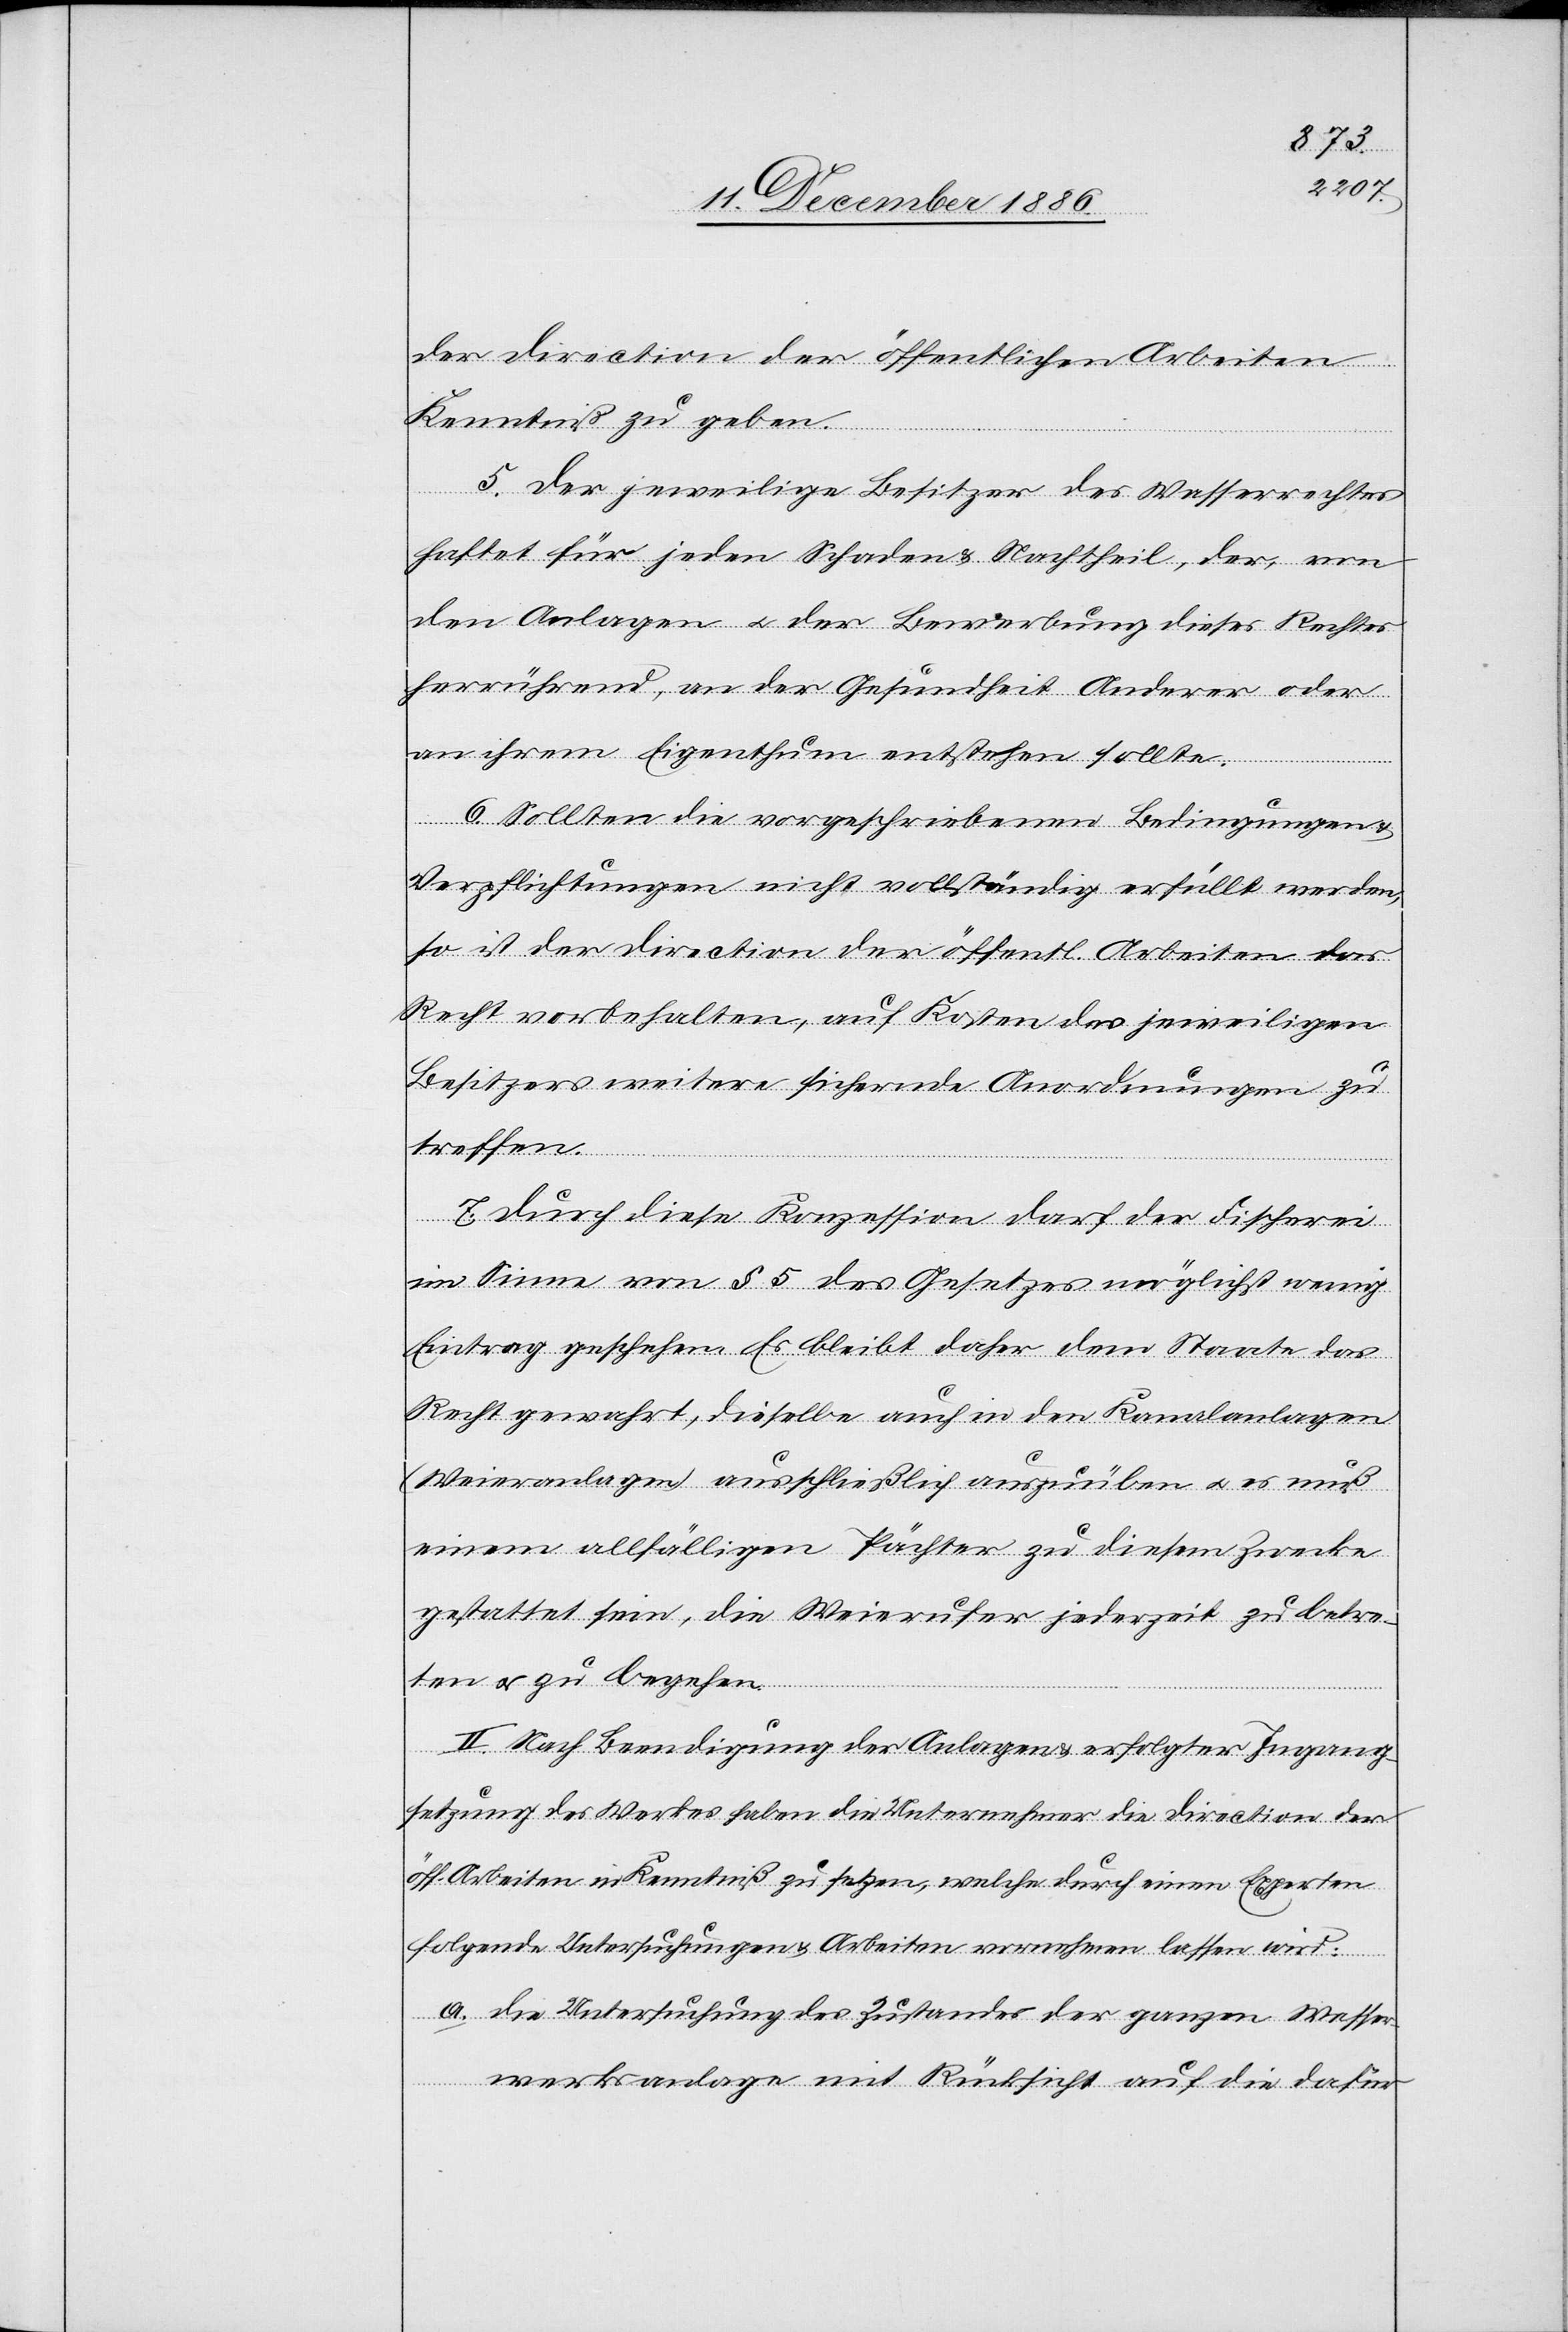
der Direction der öffentlichen Arbeiten
Kenntniß zu geben.
5. Der jeweilige Besitzer des Wasserrechtes
haftet für jeden Schaden & Nachtheil, der, von
den Anlagen & der Bewerbung dieses Rechtes
herrührend, an der Gesundheit Anderer oder
an ihrem Eigenthum entstehen sollte.
6. Sollten die vorgeschriebenen Bedingungen &
Verpflichtungen nicht vollständig erfüllt werden,
so ist der Direction der öffentl. Arbeiten das
Recht vorbehalten, auf Kosten des jeweiligen
Besitzers weitere sichernde Anordnungen zu
treffen.
7. Durch diese Konzession darf der Fischerei
im Sinne von § 5 des Gesetzes möglichst wenig
Eintrag geschehen. Es bleibt daher dem Staate das
Recht gewahrt, dieselbe auch in den Kanalanlagen
(Weieranlagen) ausschließlich auszuüben & es muß
einem allfälligen Pächter zu diesem Zwecke
gestattet sein, die Weierufer jederzeit zu betre¬
ten & zu begehen.
II. Nach Beendigung der Anlagen & erfolgter Ingang¬
setzung des Werkes haben die Unternehmer die Direction der
öff. Arbeiten in Kenntniß zu setzen, welche durch einen Experten
folgende Untersuchungen & Arbeiten vornehmen lassen wird:
a. die Untersuchung des Zustandes der ganzen Wasser¬
werksanlage mit Rücksicht auf die dafür